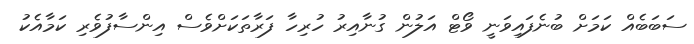
ސަބަބެއް ކަމަށް ބުނެފައިވަނީ ވޯޓް އަލުން ގުނާއިރު ހުރިހާ ފަރާތަކަށްވެސް އިންސާފުވެރި ކަމާއެކު